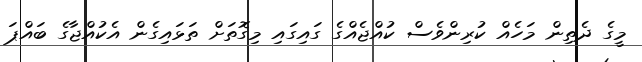
މީގެ ދެތިން މަހެއް ކުރިންވެސް ކުއްޖެއްގެ ގައިގައި މިގޮތަށް ތަޅައިގެން އެކުއްޖާގެ ބައްޕަ